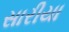
સારીયા